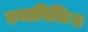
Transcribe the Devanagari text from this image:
तथाविधिः॥